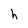
Character: h